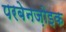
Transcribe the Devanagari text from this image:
परबेनज़ोइक